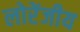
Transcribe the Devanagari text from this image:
लोरेंजीय